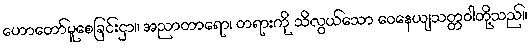
ဟောတော်မူစေခြင်းငှာ။ အညာတာရော၊ တရားကို သိလွယ်သော ဝေနေယျသတ္တဝါတို့သည်။